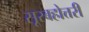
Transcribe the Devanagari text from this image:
सूरबहोत्तरी